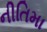
નીતિમા